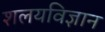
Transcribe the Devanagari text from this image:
शलयविज्ञान